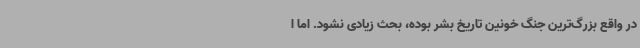
در واقع بزرگ‌ترین جنگ خونین تاریخ بشر بوده، بحث زیادی نشود. اما ا